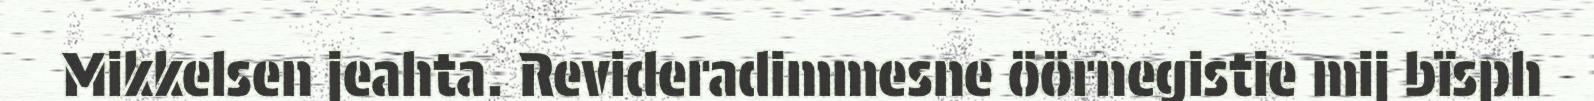
Mikkelsen jeahta. Revideradimmesne öörnegistie mij bïsph